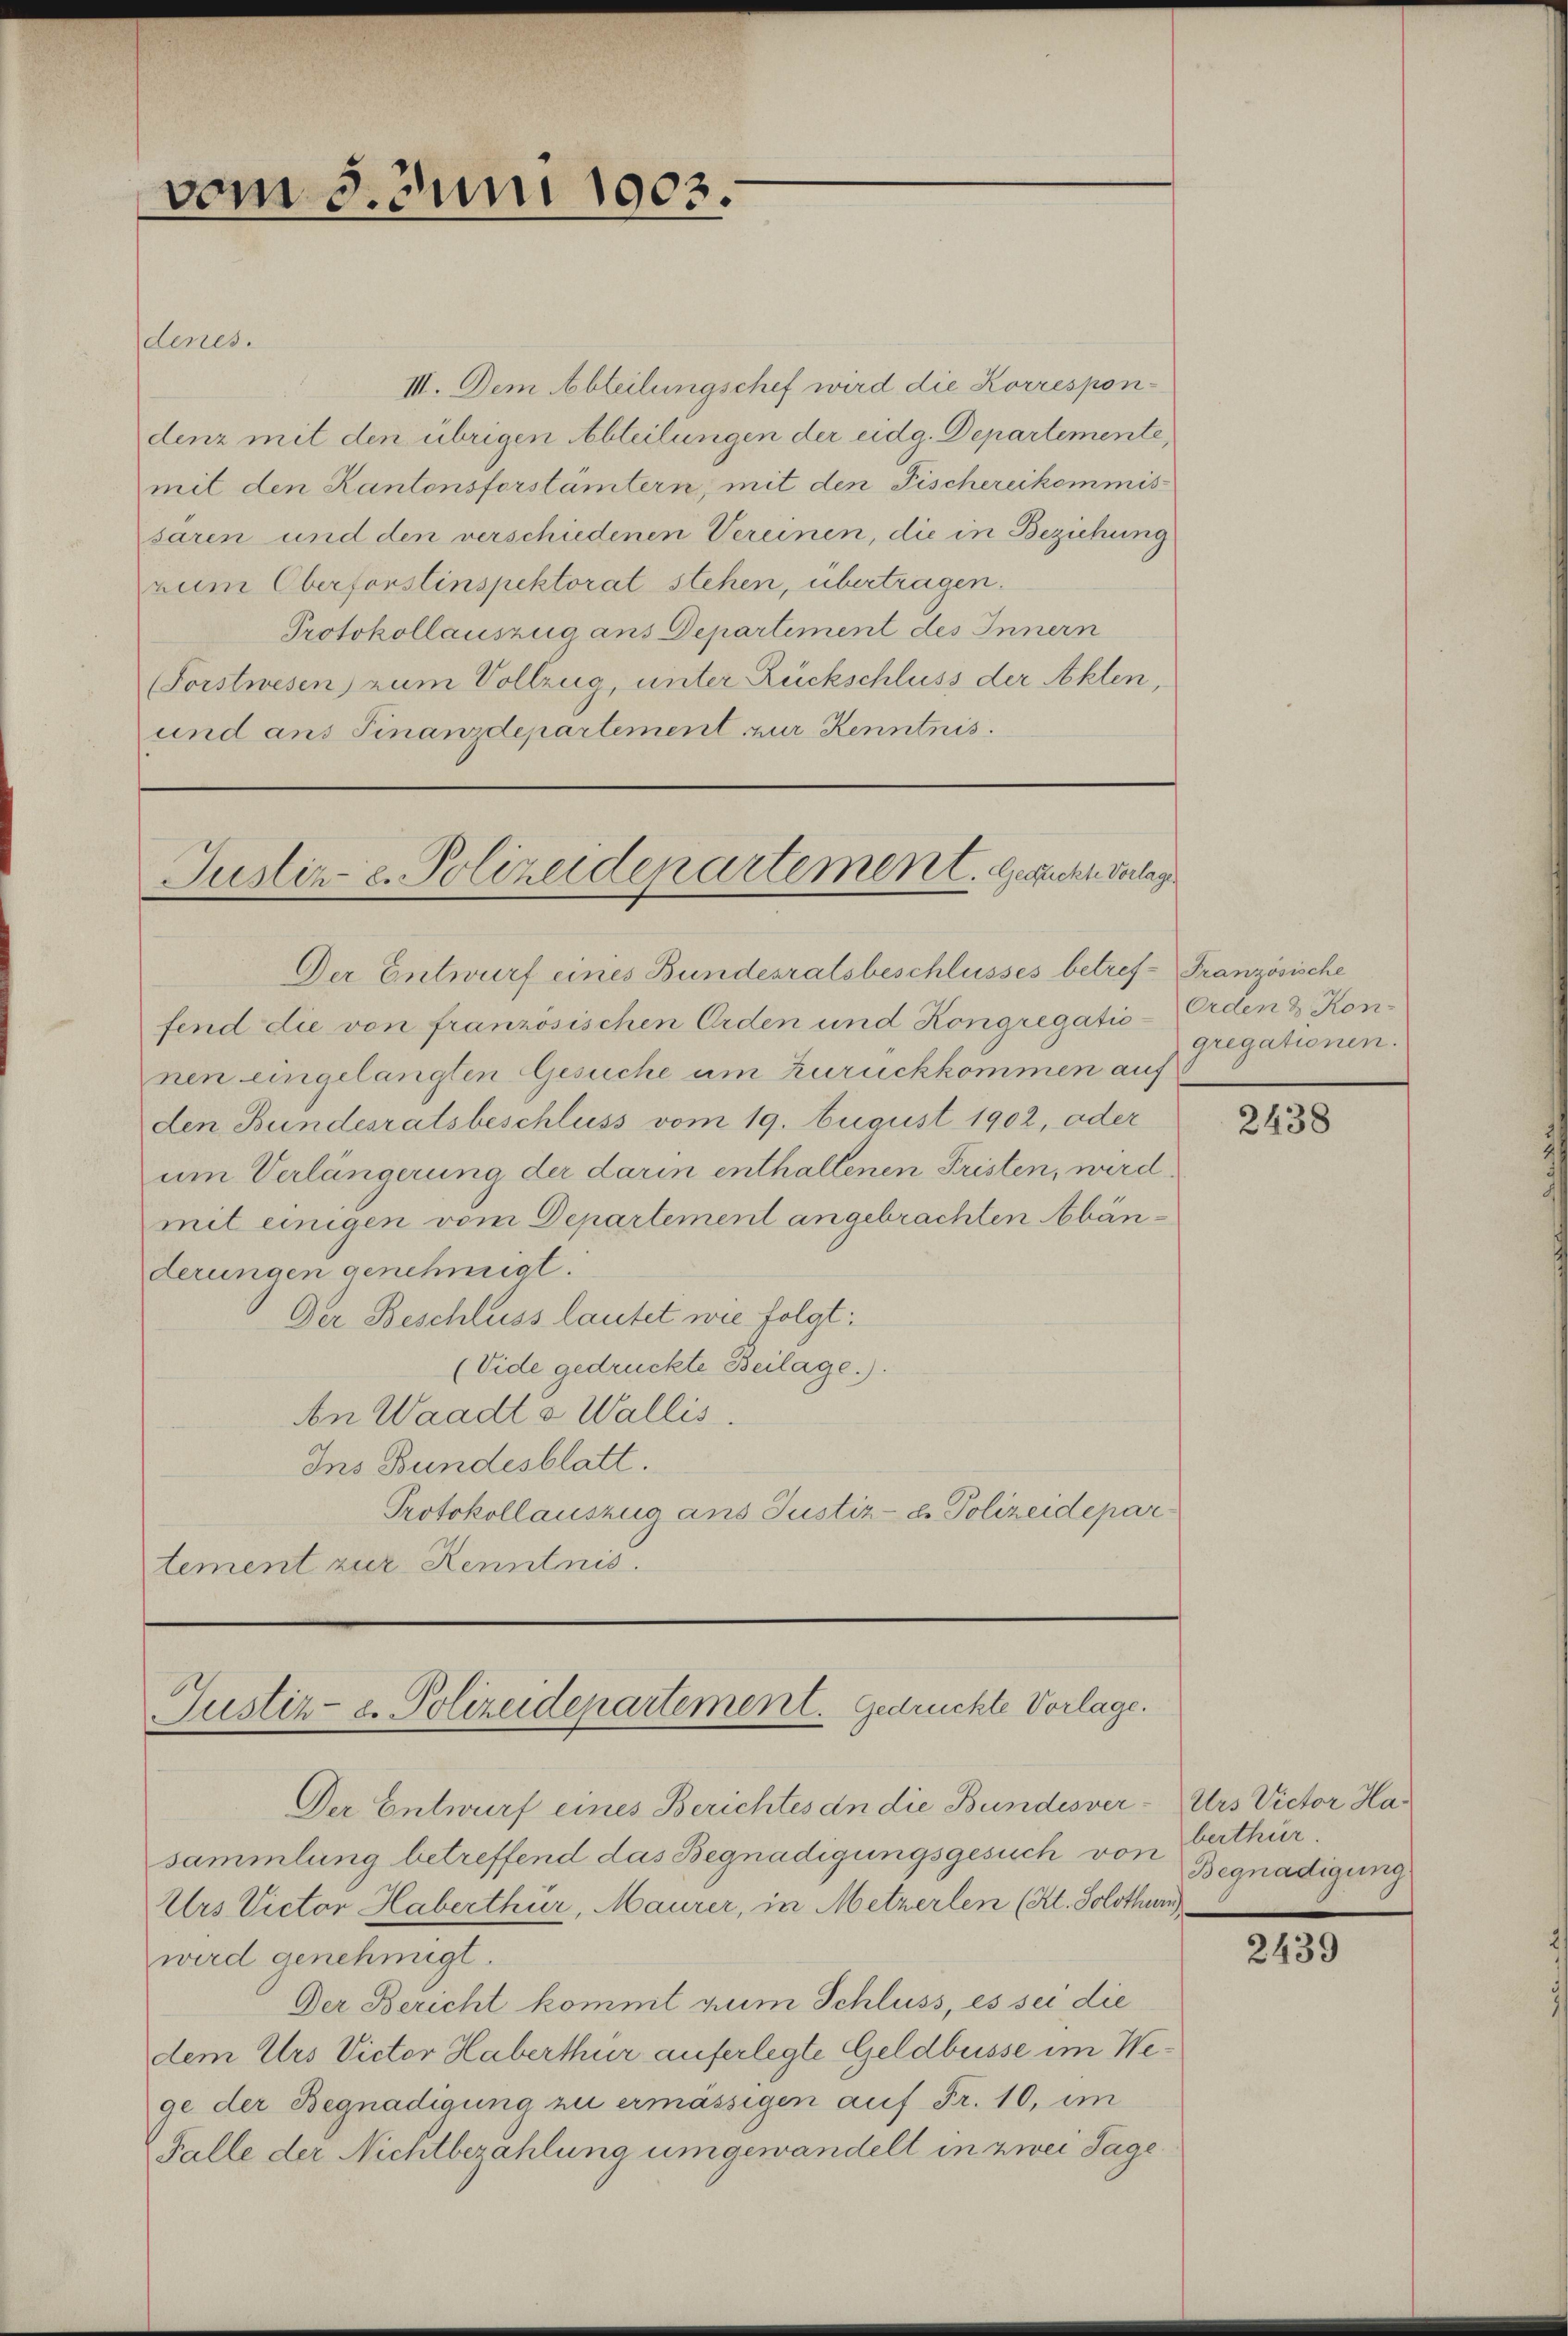
denes.
III. Dem Abteilungschef wird die Korrespondenz mit den übrigen Abteilungen der eidg. Departemente,
mit den Kantonsforstämtern, mit den Fischereikommis
saren und den verschiedenen Vereinen, die in Beziehung
rum Oberforstinspektorat stehen, übertragen.
Protokollauszug ans Departiment des Innern
(Forstwesen) zum Vollzug, unter Rückschluss der Akten,
und ans Finanzdepartement zur Kenntnis.

vom 3. Juni 1903.

Justiz- e. Polizeidepartement. Gesucht verlag
Der Entwurf eines Bundesratsbeschlusses betref- Französische

fend die von französischen Orden und Kongregatio-Orden & Konnen eingelangten Gesuche um Zurückkommen auf
den Bundesratsbeschluss vom 19. August 1902, oder
um Verlängerung der darin enthaltenen Fristen, wird.
mit einigen vom Departement angebrachten Abänderungen genehmigt.
Der Beschluss lautet wie folgt:
(Vide gedrückte Beilage.).
An Waadt a Wallis
Ins Bundesblatt.
Protokollauszug ans Justiz- & Polizeidepar
tement zur Kenntnis.

Justiz- & Polizeidepartement. Gedrückte Vorlage.

Der Entwurf eines Berichtes an die Bundesver-Urs Victor Hasammlung betreffend das Begnadigungsgesuch von
Urs Victor Haberthur, Maurer, in Metzerlen (Kl. Solothur
wird genehmigt.
Der Bericht kommt zum Schluss, es sei die
dem Urs Victor Haberthur auferlegte Geldbusse im Wege der Begnadigung zu ermässigen auf Fr. 10, im
Falle der Nichtbezahlung umgewandelt in zwei Tage

gregationen.

2438

berthur.
Begnadigung

2439